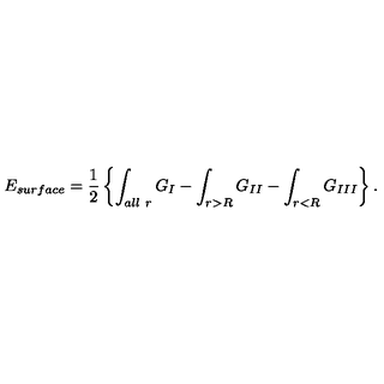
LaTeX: E _ { s u r f a c e } = { \frac { 1 } { 2 } } \left\{ \int _ { \small a l l \ r } G _ { I } - \int _ { r > R } G _ { I I } - \int _ { r < R } G _ { I I I } \right\} .